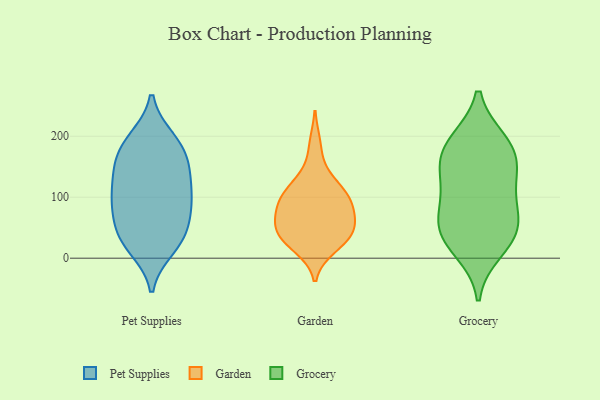
{"axis": {"x": "Gross Profit (USD K)", "y": "Value"}, "legend": ["Garden", "Grocery", "Pet Supplies"], "data": [{"x": "", "y": 100, "type": "Pet Supplies"}, {"x": "", "y": 145, "type": "Pet Supplies"}, {"x": "", "y": 56, "type": "Pet Supplies"}, {"x": "", "y": 195, "type": "Pet Supplies"}, {"x": "", "y": 17, "type": "Pet Supplies"}, {"x": "", "y": 167, "type": "Pet Supplies"}, {"x": "", "y": 28, "type": "Pet Supplies"}, {"x": "", "y": 38, "type": "Pet Supplies"}, {"x": "", "y": 138, "type": "Pet Supplies"}, {"x": "", "y": 92, "type": "Pet Supplies"}, {"x": "", "y": 147, "type": "Pet Supplies"}, {"x": "", "y": 76, "type": "Pet Supplies"}, {"x": "", "y": 193, "type": "Pet Supplies"}, {"x": "", "y": 92, "type": "Pet Supplies"}, {"x": "", "y": 29, "type": "Pet Supplies"}, {"x": "", "y": 109, "type": "Pet Supplies"}, {"x": "", "y": 182, "type": "Pet Supplies"}, {"x": "", "y": 56, "type": "Garden"}, {"x": "", "y": 105, "type": "Garden"}, {"x": "", "y": 43, "type": "Garden"}, {"x": "", "y": 139, "type": "Garden"}, {"x": "", "y": 117, "type": "Garden"}, {"x": "", "y": 93, "type": "Garden"}, {"x": "", "y": 34, "type": "Garden"}, {"x": "", "y": 17, "type": "Garden"}, {"x": "", "y": 44, "type": "Garden"}, {"x": "", "y": 84, "type": "Garden"}, {"x": "", "y": 108, "type": "Garden"}, {"x": "", "y": 75, "type": "Garden"}, {"x": "", "y": 90, "type": "Garden"}, {"x": "", "y": 20, "type": "Garden"}, {"x": "", "y": 60, "type": "Garden"}, {"x": "", "y": 42, "type": "Garden"}, {"x": "", "y": 187, "type": "Garden"}, {"x": "", "y": 60, "type": "Grocery"}, {"x": "", "y": 191, "type": "Grocery"}, {"x": "", "y": 146, "type": "Grocery"}, {"x": "", "y": 111, "type": "Grocery"}, {"x": "", "y": 13, "type": "Grocery"}, {"x": "", "y": 171, "type": "Grocery"}, {"x": "", "y": 98, "type": "Grocery"}, {"x": "", "y": 153, "type": "Grocery"}, {"x": "", "y": 37, "type": "Grocery"}, {"x": "", "y": 191, "type": "Grocery"}, {"x": "", "y": 59, "type": "Grocery"}, {"x": "", "y": 39, "type": "Grocery"}]}